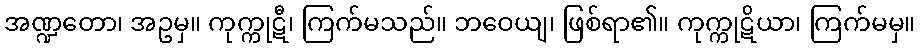
အဏ္ဍတော၊ အဥမှ။ ကုက္ကုဋီ၊ ကြက်မသည်။ ဘဝေယျ၊ ဖြစ်ရာ၏။ ကုက္ကုဋိယာ၊ ကြက်မမှ။